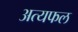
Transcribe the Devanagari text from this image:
अत्यफल